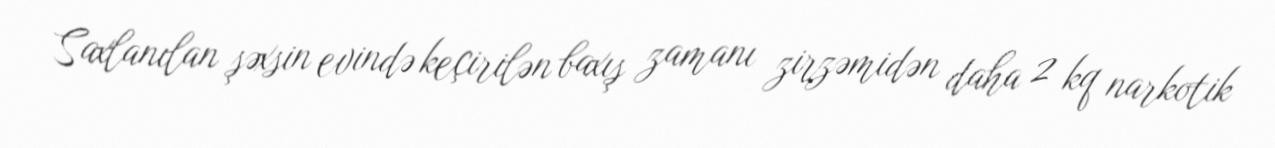
Saxlanılan şəxsin evində keçirilən baxış zamanı zirzəmidən daha 2 kq narkotik